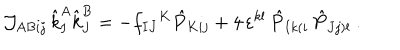
{ \cal J } _ { A B i j } \, \hat { k } _ { I } ^ { A } \hat { k } _ { J } ^ { B } = - f _ { I J } { } ^ { K } \hat { P } _ { K i j } + 4 \, \varepsilon ^ { k l } \, \hat { P } _ { I k ( i } \, \hat { P } _ { J j ) l } \ .